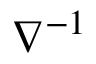
\nabla ^ { - 1 }